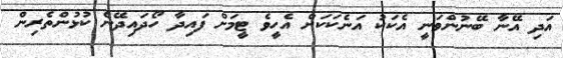
އަދި އޭނާ ބޭނުންވަނީ އެކަކު އަނެކަކަށް އެހީވެ ޓީމަށް ފައިދާ ހޯދައިދޭނެ ކުޅުންތެރިން